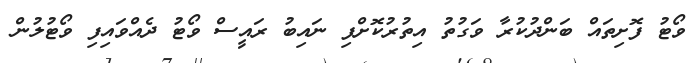
ވޯޓު ފޮށިތައް ބަންދުކުރާ ވަގުތު އިތުރުކޮށްފި ނައިބު ރައީސް ވޯޓު ދެއްވައިފި ވޯޓުލުން